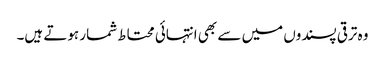
وہ ترقی پسندوں میں سے بھی انتہائی محتاط شمار ہوتے ہیں۔